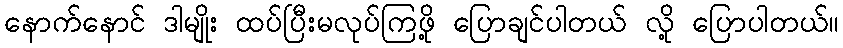
နောက်နောင် ဒါမျိုး ထပ်ပြီးမလုပ်ကြဖို့ ပြောချင်ပါတယ် လို့ ပြောပါတယ်။